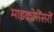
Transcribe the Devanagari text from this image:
माइक्रोसेंसरों